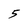
Character: 5